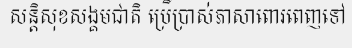
សន្តិសុខសង្គមជាតិ ប្រើប្រាស់ភាសាពោរពេញទៅ